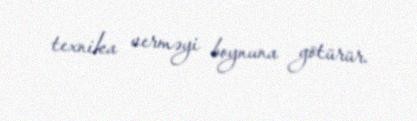
texnika verməyi boynuna götürür.